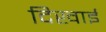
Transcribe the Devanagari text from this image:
दिखार्इ